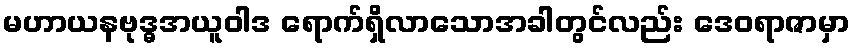
မဟာယနဗုဒ္ဓအယူဝါဒ ရောက်ရှိလာသောအခါတွင်လည်း ဒေဝရာဇာမှာ